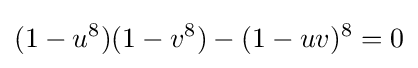
(1-u^{8})(1-v^{8})-(1-uv)^{8}=0